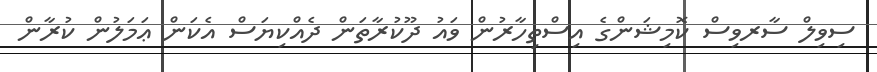
ސިވިލް ސާރވިސް ކޮމިޝަންގެ އިސްތިހާރުން ވައު ދޫކުރާތަން ދެއްކިޔަސް އެކަން ޢަމަލުން ކުރާން